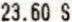
23.60 S